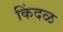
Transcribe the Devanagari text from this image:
किंदळ